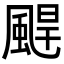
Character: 𩗤